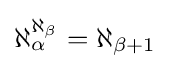
\aleph _{\alpha }^{\aleph _{\beta }}=\aleph _{\beta +1}